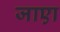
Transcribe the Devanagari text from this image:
जाएा